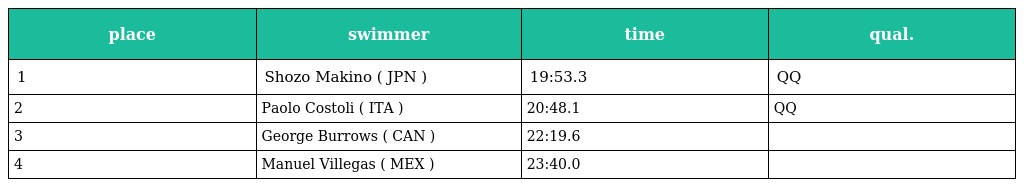
| place | swimmer | time | qual. |
 | --- | --- | --- | --- |
 | 1 | Shozo Makino ( JPN ) | 19:53.3 | QQ |
 | 2 | Paolo Costoli ( ITA ) | 20:48.1 | QQ |
 | 3 | George Burrows ( CAN ) | 22:19.6 |  |
 | 4 | Manuel Villegas ( MEX ) | 23:40.0 |  |